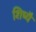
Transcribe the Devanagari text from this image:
शिष्यै